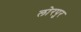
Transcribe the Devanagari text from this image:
लोरपुर